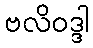
ဗလိဝဒ္ဒါ